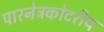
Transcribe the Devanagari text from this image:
पारनेत्रकोटरीय